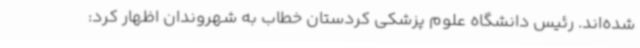
شده‌اند. رئیس دانشگاه علوم پزشکی کردستان خطاب به شهروندان اظهار کرد: